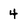
Character: 4